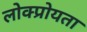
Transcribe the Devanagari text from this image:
लोक्प्रोयता